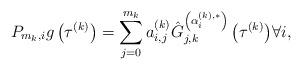
LaTeX: \begin{align*}{P_{m_k,i}}g\left(\tau^{(k)}\right) = \sum\limits_{j = 0}^{{m_k}} {a_{i,j}^{(k)} \hat G_{j,k}^{\left(\alpha _i^{(k),*}\right)}\left( {\tau^{(k)}} \right)}\forall i,\end{align*}